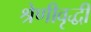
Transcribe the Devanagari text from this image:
श्रेणीवृद्धी